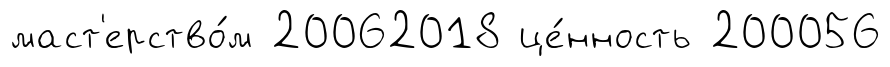
маст'ерство́м 20062018 це́нность 200056